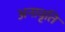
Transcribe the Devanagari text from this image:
अनावृति